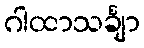
ဂါထာသင်္ချာ